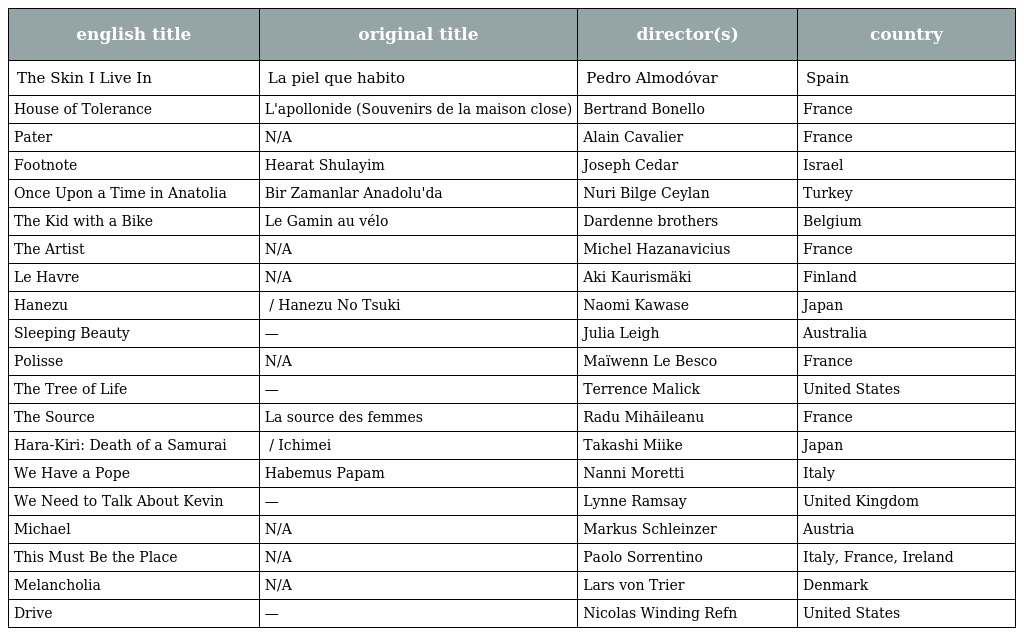
| english title | original title | director(s) | country |
 | --- | --- | --- | --- |
 | The Skin I Live In | La piel que habito | Pedro Almodóvar | Spain |
 | House of Tolerance | L'apollonide (Souvenirs de la maison close) | Bertrand Bonello | France |
 | Pater | N/A | Alain Cavalier | France |
 | Footnote | Hearat Shulayim | Joseph Cedar | Israel |
 | Once Upon a Time in Anatolia | Bir Zamanlar Anadolu'da | Nuri Bilge Ceylan | Turkey |
 | The Kid with a Bike | Le Gamin au vélo | Dardenne brothers | Belgium |
 | The Artist | N/A | Michel Hazanavicius | France |
 | Le Havre | N/A | Aki Kaurismäki | Finland |
 | Hanezu | 朱花の月 / Hanezu No Tsuki | Naomi Kawase | Japan |
 | Sleeping Beauty | — | Julia Leigh | Australia |
 | Polisse | N/A | Maïwenn Le Besco | France |
 | The Tree of Life | — | Terrence Malick | United States |
 | The Source | La source des femmes | Radu Mihăileanu | France |
 | Hara-Kiri: Death of a Samurai | 一命 / Ichimei | Takashi Miike | Japan |
 | We Have a Pope | Habemus Papam | Nanni Moretti | Italy |
 | We Need to Talk About Kevin | — | Lynne Ramsay | United Kingdom |
 | Michael | N/A | Markus Schleinzer | Austria |
 | This Must Be the Place | N/A | Paolo Sorrentino | Italy, France, Ireland |
 | Melancholia | N/A | Lars von Trier | Denmark |
 | Drive | — | Nicolas Winding Refn | United States |